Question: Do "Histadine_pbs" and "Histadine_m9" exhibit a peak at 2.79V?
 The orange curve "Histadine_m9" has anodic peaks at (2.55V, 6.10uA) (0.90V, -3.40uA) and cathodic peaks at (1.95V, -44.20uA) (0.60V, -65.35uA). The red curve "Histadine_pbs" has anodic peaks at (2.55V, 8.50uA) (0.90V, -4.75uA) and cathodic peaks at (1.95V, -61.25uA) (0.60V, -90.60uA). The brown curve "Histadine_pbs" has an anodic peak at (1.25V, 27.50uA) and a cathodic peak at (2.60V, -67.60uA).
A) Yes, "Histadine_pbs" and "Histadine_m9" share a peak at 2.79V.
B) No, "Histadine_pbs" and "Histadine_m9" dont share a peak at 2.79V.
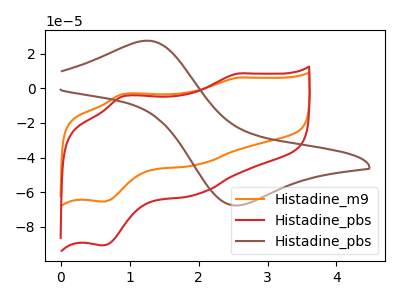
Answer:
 <answer>B) No, "Histadine_pbs" and "Histadine_m9" dont share a peak at 2.79V.</answer>
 <eval>B</eval>